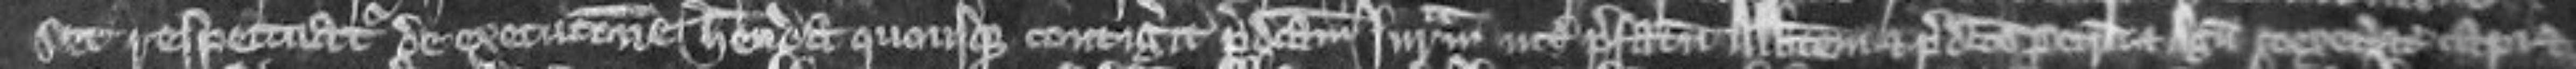
set respectuatur de executione habenda quousque contigerit predictam juratam inter prefatum abbatem et predictos Petrum et Agnetem coexecutores capi et